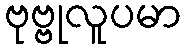
ဗုဗ္ဗုလူပမာ